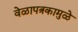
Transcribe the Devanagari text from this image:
वेळापत्रकामुळे